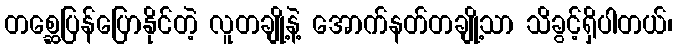
တစ္ဆေပြန်ပြောနိုင်တဲ့ လူတချို့နဲ့ အောက်နတ်တချို့သာ သိခွင့်ရှိပါတယ်၊